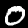
Label: 0